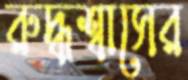
রুদ্ধশ্বাসের